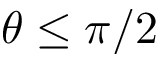
\theta \le \pi / 2